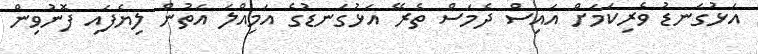
އަޅުގަނޑު ވެރިކަމަށް އައިސް ދެމަސް ތެރޭ އަޅުގަނޑުގެ އަމިއްލަ އަތުން ލިޔެފައި ފޮނުވިން